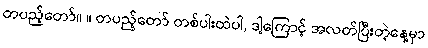
တပည့်တော်။ ။ တပည့်တော် တစ်ပါးထဲပါ, ဒါ့ကြောင့် အလတ်ပြီးတဲ့နေ့မှာ